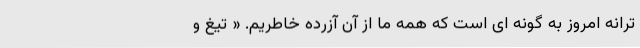
ترانه امروز به گونه ای است که همه ما از آن آزرده خاطریم. « تیغ و